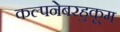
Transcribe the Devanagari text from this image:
कल्पनेबरहुकूम